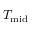
T _ { \mathrm { m i d } }